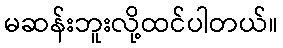
မဆန်းဘူးလို့ထင်ပါတယ်။